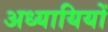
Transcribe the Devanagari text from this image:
अध्यायियों